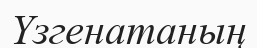
Үзгенатаның